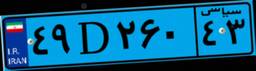
۸۰D۱۴۲۲۴